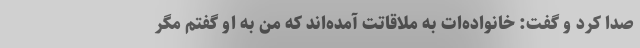
صدا کرد و گفت: خانواده‌ات به ملاقاتت آمده‌اند که من به او گفتم مگر